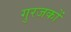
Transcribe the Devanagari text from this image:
गुरजकों